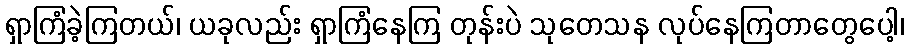
ရှာကြံခဲ့ကြတယ်၊ ယခုလည်း ရှာကြံနေကြ တုန်းပဲ သုတေသန လုပ်နေကြတာတွေပေါ့၊